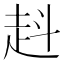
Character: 﨣